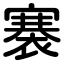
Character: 褰